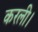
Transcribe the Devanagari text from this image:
करली।